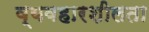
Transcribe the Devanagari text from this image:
व्यवहारशीलता